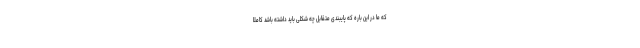
که ما در این باره که پایبندی متقابل چه شکلی باید داشته باشد کاملاً